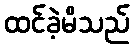
ထင်ခဲ့မိသည်